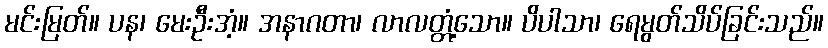
မင်းမြတ်။ ပန၊ မေးဦးအံ့။ အနာဂတာ၊ လာလတ္တံ့သော။ ပိပါသာ၊ ရေမွတ်သိပ်ခြင်းသည်။